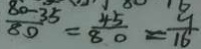
\frac { 8 0 - 3 5 } { 8 0 } = \frac { 4 5 } { 8 0 } = \frac { 9 } { 1 6 }